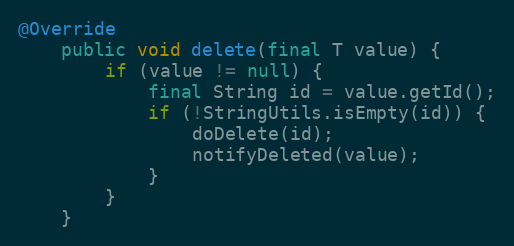
Language: Java
@Override
    public void delete(final T value) {
        if (value != null) {
            final String id = value.getId();
            if (!StringUtils.isEmpty(id)) {
                doDelete(id);
                notifyDeleted(value);
            }
        }
    }